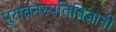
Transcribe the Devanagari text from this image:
पुरावनस्पतिविज्ञानी